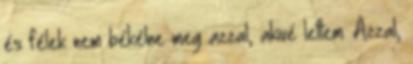
és félek nem békélne meg azzal, akivé lettem. Azzal,